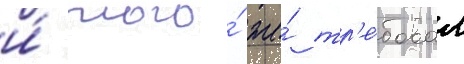
и́ того́ же́ тр'е́бовал